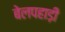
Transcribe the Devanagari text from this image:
बेलपहाड़ी